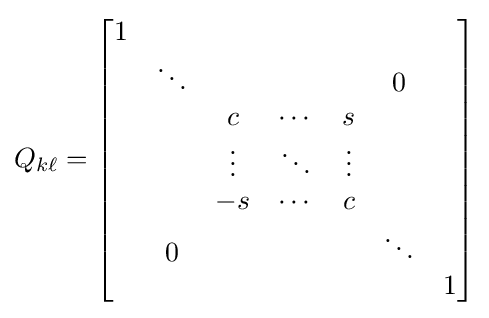
Q_{k\ell }={\begin{bmatrix}1&&&&&&\\&\ddots &&&&0&\\&&c&\cdots &s&&\\&&\vdots &\ddots &\vdots &&\\&&-s&\cdots &c&&\\&0&&&&\ddots &\\&&&&&&1\end{bmatrix}}